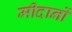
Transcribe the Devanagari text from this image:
मीदानों